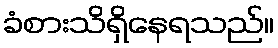
ခံစားသိရှိနေရသည်။